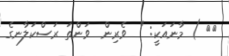
٨٧ ) މާނައަކީ: "  ވެރިން  ވަންތަ ރަސްކަލާނގެ